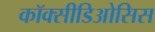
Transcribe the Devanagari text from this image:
कॉक्सीडिओसिस